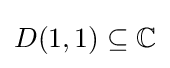
D(1,1)\subseteq \mathbb {C}